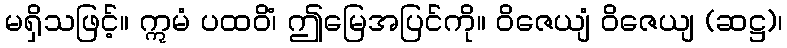
မရှိသဖြင့်။ ဣမံ ပထဝိံ၊ ဤမြေအပြင်ကို။ ဝိဇေယျံ ဝိဇေယျ (ဆဋ္ဌ)၊